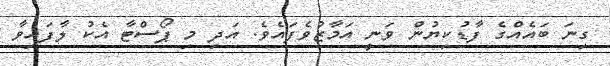
ގިނަ ބައެއްގެ ފާޑުކިޔުން ވަނީ އަމާޒުވެފައެވެ. އަދި މި ޕޯސްޓާ އެކު ލާފައިވާ